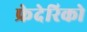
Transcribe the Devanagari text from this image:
फ्रेदेरिको